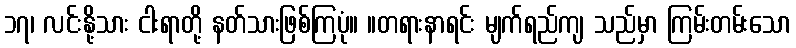
၁၇၊ လင်းနို့သား ငါးရာတို့ နတ်သားဖြစ်ကြပုံ။ ။တရားနာရင်း မျက်ရည်ကျ သည်မှာ ကြမ်းတမ်းသော